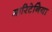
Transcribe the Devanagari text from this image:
मारिटेनिया